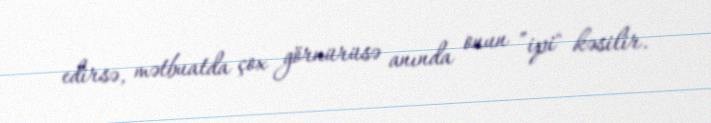
edirsə, mətbuatda çox görnürüsə anında onun ”ipi" kəsilir.